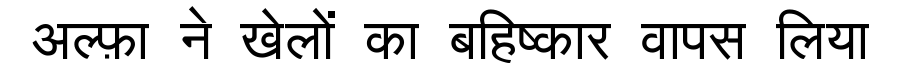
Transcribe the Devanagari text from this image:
अल्फ़ा ने खेलों का बहिष्कार वापस लिया